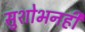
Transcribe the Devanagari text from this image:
सुशोभनही